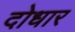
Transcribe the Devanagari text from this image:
दोधार